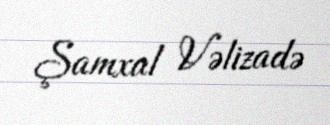
Şamxal Vəlizadə